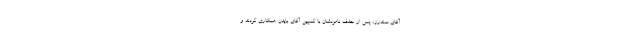
آقای سندرز، پس از حذف نامزدشان با کمپین آقای بایدن همکاری کردند و